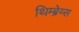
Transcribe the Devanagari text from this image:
थिम्ब्रेय्स